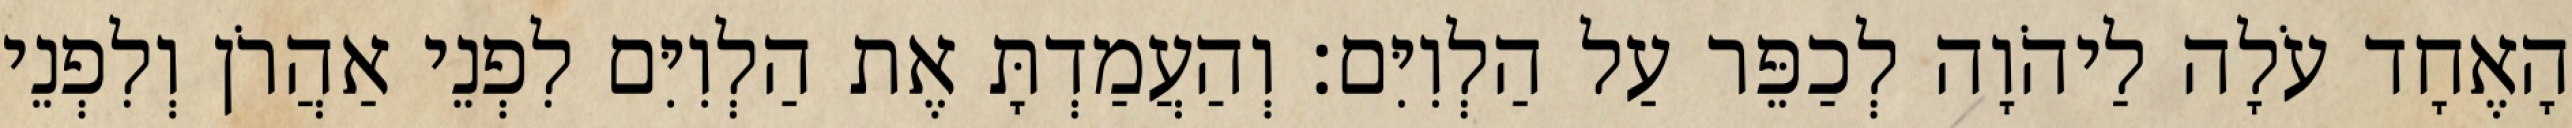
הָאֶחָד עֹלָה לַיהֹוָה לְכַפֵּר עַל הַלְוִיִּם׃ וְהַעֲמַדְתָּ אֶת הַלְוִיִּם לִפְנֵי אַהֲרֹן וְלִפְנֵי